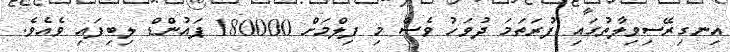
އިނގިރޭސިވިލާތުގައި ފުރަތަމަ ދުވަހު ވެސް މި ފިލްމަށް 180000 ޕައުންޑް ލިބިފައި ވެއެވެ.